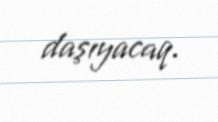
daşıyacaq.